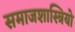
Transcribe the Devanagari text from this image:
समाजशास्त्रियो